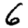
Digit: 6